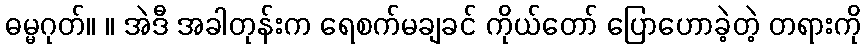
ဓမ္မဂုတ်။ ။ အဲဒီ အခါတုန်းက ရေစက်မချခင် ကိုယ်တော် ပြောဟောခဲ့တဲ့ တရားကို